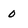
Character: 0